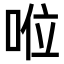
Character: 𠴖